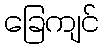
ခြေကျင်